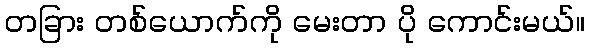
တခြား တစ်ယောက်ကို မေးတာ ပို ကောင်းမယ်။